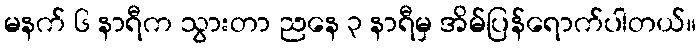
မနက် ၆ နာရီက သွားတာ ညနေ ၃ နာရီမှ အိမ်ပြန်ရောက်ပါတယ်။